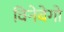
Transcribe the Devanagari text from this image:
विनेबेगो